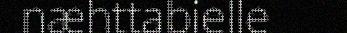
næhttabielle